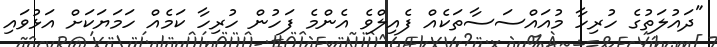
"ދައުލަތުގެ ހުރިހާ މުއައްސަސާތަކެއް ފެއިލްވެ އެންމެ ފަހުން ހުރިހާ ކަމެއް ހަމަޔަކަށް އަޅުވައި